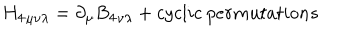
LaTeX: { H _ { 4 } } _ { \mu \nu \lambda } = \partial _ { \mu } { B _ { 4 } } _ { \nu \lambda } + c y c l i c ~ p e r m u t a t i o n s